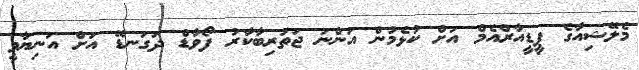
މެލޭޝިއާގެ ޕީޑީއާރްއެމް އަށް ކުޅެމުން އަންނަ ޖަތުރިބާކާރު ފޯވާޑް ދަަގަނޑޭ އަށް އަނިޔާވީ